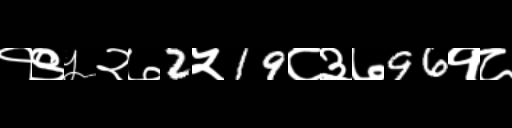
Text: १९५२७2५19८३७96१८